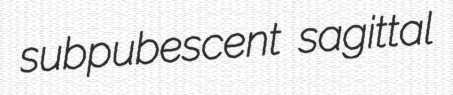
subpubescent sagittal